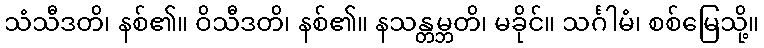
သံသီဒတိ၊ နစ်၏။ ဝိသီဒတိ၊ နစ်၏။ နသန္တမ္ဘတိ၊ မခိုင်။ သင်္ဂါမံ၊ စစ်မြေသို့။